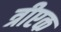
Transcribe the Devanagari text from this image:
त्रीएक